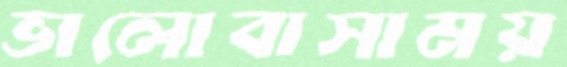
ভালোবাসাময়